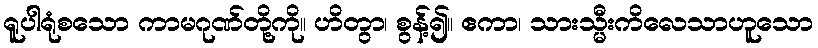
ရူပါရုံစသော ကာမဂုဏ်တို့ကို။ ဟိတွာ၊ စွန့်၍။ ဧကာ၊ သားသ္မီးကိလေသာဟူသော